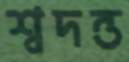
শ্বদন্ত